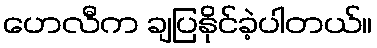
ဟေလီက ချပြနိုင်ခဲ့ပါတယ်။